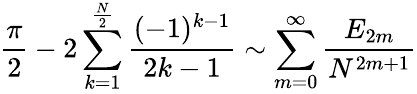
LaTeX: {\frac{\pi}{2}}-2\sum_{k=1}^{\frac{N}{2}}{\frac{(-1)^{k-1}}{2k-1}}\sim\sum_{m=0}^{\infty}{\frac{E_{2m}}{N^{2m+1}}}